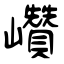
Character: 巑